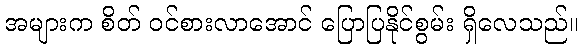
အများက စိတ် ဝင်စားလာအောင် ပြောပြနိုင်စွမ်း ရှိလေသည်။